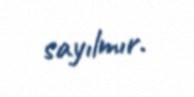
sayılmır.